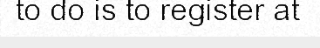
to do is to register at